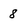
Character: 8